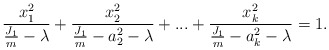
\begin{align*}\frac{x_1^2}{\frac{J_1}{m}-\lambda}+\frac{x_2^2}{\frac{J_1}{m}-a_2^2-\lambda}+...+\frac{x_k^2}{\frac{J_1}{m}-a_k^2-\lambda}=1.\end{align*}